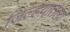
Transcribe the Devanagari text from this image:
जिल्हयातला